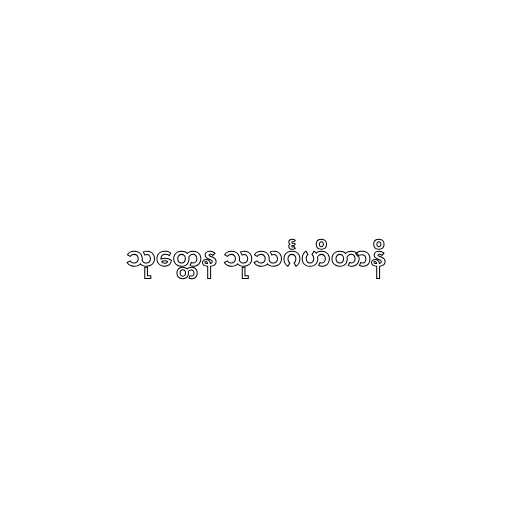
သုတ္တေန သုသင်္ဂဟိတာနိ